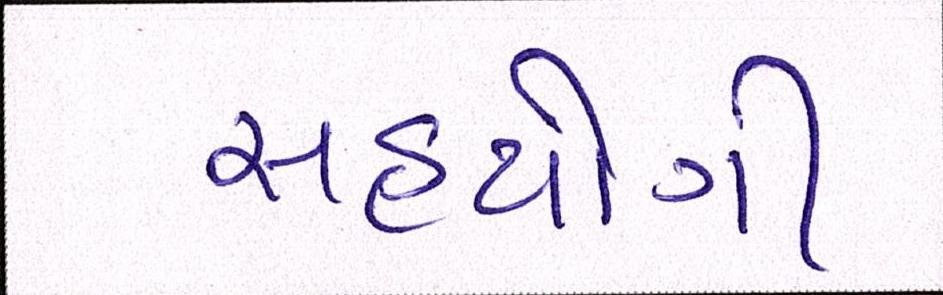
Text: સહયોગી